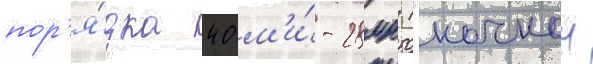
пор'я́дка 40 м'и́-28мн ("ночнои